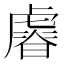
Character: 𧇪